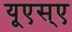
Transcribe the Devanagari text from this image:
यूएस्‌ए